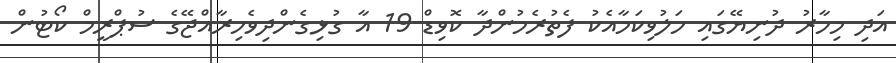
އަދި މިހާރު ދުނިޔޭގައި ހަލުވިކަމާއެކު ފެތުރެމުންދާ ކޮވިޑް-19 އާ ގުޅިގެންދިވެހިރާއްޖޭގެ ސުޕްރީމް ކޯޓުން